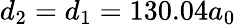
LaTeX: d_{2}=d_{1}=130.04a_{0}